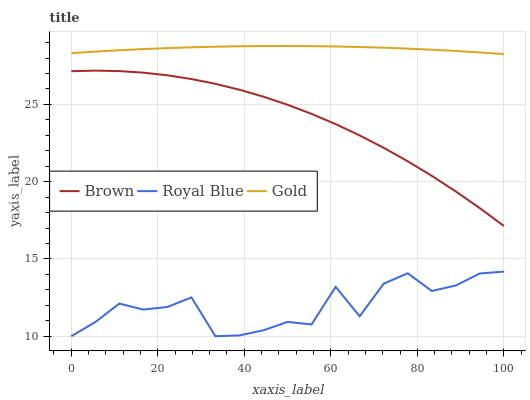
| xaxis_label | Brown | Royal Blue | Gold |
 | --- | --- | --- | --- |
 | 0 | 27.1 | 10 | 28.3 |
 | 5.56 | 27.2 | 10.9 | 28.4 |
 | 11.1 | 27.2 | 12.1 | 28.5 |
 | 16.7 | 27.1 | 11.7 | 28.6 |
 | 22.2 | 26.9 | 11.9 | 28.6 |
 | 27.8 | 26.6 | 12.5 | 28.7 |
 | 33.3 | 26.3 | 10 | 28.7 |
 | 38.9 | 26 | 10.1 | 28.8 |
 | 44.4 | 25.5 | 10.4 | 28.8 |
 | 50 | 25 | 10.9 | 28.8 |
 | 55.6 | 24.4 | 10.8 | 28.8 |
 | 61.1 | 23.7 | 13.2 | 28.7 |
 | 66.7 | 23 | 11.3 | 28.7 |
 | 72.2 | 22.2 | 13.4 | 28.7 |
 | 77.8 | 21.3 | 14.1 | 28.6 |
 | 83.3 | 20.4 | 12.9 | 28.5 |
 | 88.9 | 19.4 | 13.3 | 28.5 |
 | 94.4 | 18.3 | 14.1 | 28.4 |
 | 100 | 17.1 | 14.2 | 28.3 |